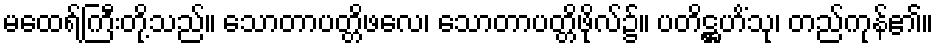
မထေရ်ကြီးတို့သည်။ သောတာပတ္တိဖလေ၊ သောတာပတ္တိဖိုလ်၌။ ပတိဋ္ဌဟိံသု၊ တည်ကုန်၏။